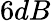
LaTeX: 6dB